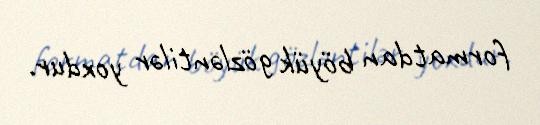
formatdan böyük gözləntilər yoxdur.